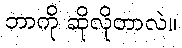
ဘာကို ဆိုလိုတာလဲ။